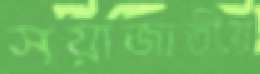
সয়াজাতীয়